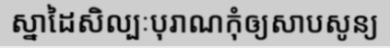
ស្នាដៃសិល្បៈបុរាណកុំឲ្យសាបសូន្យ